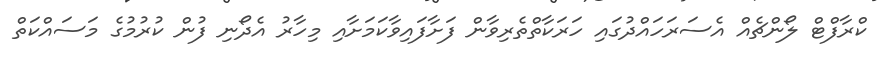
ކްރާފްޓް ލޯންޗެއް އެސަރަހައްދުގައި ހަރަކާތްތެރިވާން ފަށާފައިވާކަމަށާއި މިހާރު އެދޯނި ފުން ކުރުމުގެ މަސައްކަތް